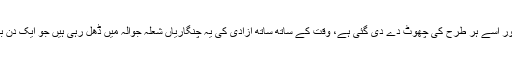
ان مظالم کے لئے فوج کو بے تحاشا فنڈ فراہم کئے جا رہے ہیںاور اسے ہر طرح کی چھوٹ دے دی گئی ہے، وقت کے ساتھ ساتھ آزادی کی یہ چنگاریاں شعلہ جوالہ میں ڈھل رہی ہیں جو ایک دن بھڑکے گا اور اپنی راہ کی ہر رکاوٹ کو جلاکر خاک کردے گا۔